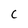
Character: C